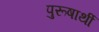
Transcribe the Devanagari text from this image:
पुरूषार्थी